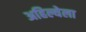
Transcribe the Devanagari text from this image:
अहिल्येला